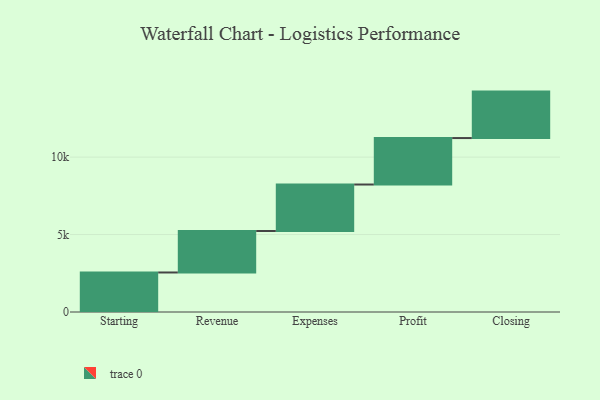
{"axis": {"x": "Step", "y": "Value"}, "legend": [""], "data": [{"x": "Starting", "y": 2552.0, "type": ""}, {"x": "Revenue", "y": 2679.0, "type": ""}, {"x": "Expenses", "y": 3000, "type": ""}, {"x": "Profit", "y": 3000, "type": ""}, {"x": "Closing", "y": 3000, "type": ""}]}